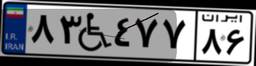
۳۸W۳۰۸۲۶